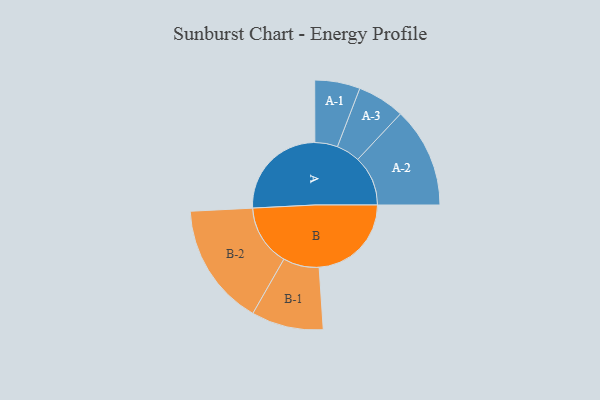
{"axis": {"x": "Segment", "y": "Value"}, "legend": ["", "A", "B"], "data": [{"x": "A", "y": 469, "type": ""}, {"x": "B", "y": 436, "type": ""}, {"x": "A-1", "y": 107, "type": "A"}, {"x": "A-2", "y": 237, "type": "A"}, {"x": "A-3", "y": 112, "type": "A"}, {"x": "B-1", "y": 170, "type": "B"}, {"x": "B-2", "y": 290, "type": "B"}]}